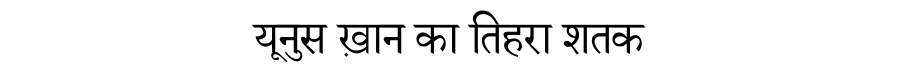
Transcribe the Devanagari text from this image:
यूनुस ख़ान का तिहरा शतक